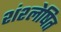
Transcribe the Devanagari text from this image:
शंश्लेषित